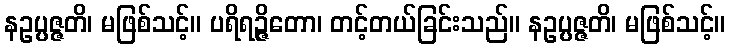
နဥပ္ပဇ္ဇတိ၊ မဖြစ်သင့်။ ပရိရဉ္ဇိတော၊ တင့်တယ်ခြင်းသည်။ နဥပ္ပဇ္ဇတိ၊ မဖြစ်သင့်။